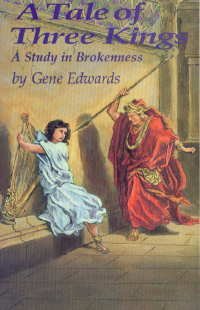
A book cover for A Tale of Three Kings: A Study in Brokenness; Gene Edwards; Christian Books & Bibles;